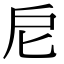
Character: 𢨩